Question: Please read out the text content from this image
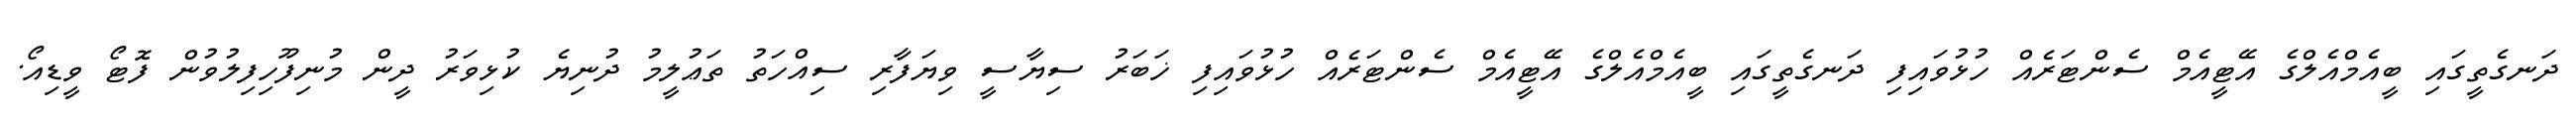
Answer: ދަނގެތީގައި ބީއެމްއެލްގެ އޭޓީއެމް ސެންޓަރެއް ހުޅުވައިފި ދަނގެތީގައި ބީއެމްއެލްގެ އޭޓީއެމް ސެންޓަރެއް ހުޅުވައިފި ޚަބަރު ސިޔާސީ ވިޔަފާރި ސިއްހަތު ތަޢުލީމު ދުނިޔެ ކުޅިވަރު ދީން މުނިފޫހިފިލުވުން ފޮޓޯ ވީޑިއޯ.